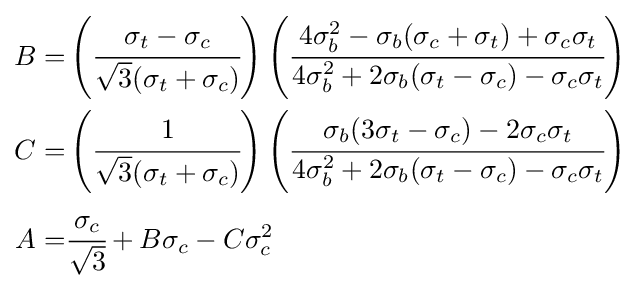
{\begin{aligned}B=&\left({\cfrac {\sigma _{t}-\sigma _{c}}{{\sqrt {3}}(\sigma _{t}+\sigma _{c})}}\right)\left({\cfrac {4\sigma _{b}^{2}-\sigma _{b}(\sigma _{c}+\sigma _{t})+\sigma _{c}\sigma _{t}}{4\sigma _{b}^{2}+2\sigma _{b}(\sigma _{t}-\sigma _{c})-\sigma _{c}\sigma _{t}}}\right)\\C=&\left({\cfrac {1}{{\sqrt {3}}(\sigma _{t}+\sigma _{c})}}\right)\left({\cfrac {\sigma _{b}(3\sigma _{t}-\sigma _{c})-2\sigma _{c}\sigma _{t}}{4\sigma _{b}^{2}+2\sigma _{b}(\sigma _{t}-\sigma _{c})-\sigma _{c}\sigma _{t}}}\right)\\A=&{\cfrac {\sigma _{c}}{\sqrt {3}}}+B\sigma _{c}-C\sigma _{c}^{2}\end{aligned}}